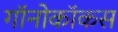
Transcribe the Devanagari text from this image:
गॉनोकॉकस